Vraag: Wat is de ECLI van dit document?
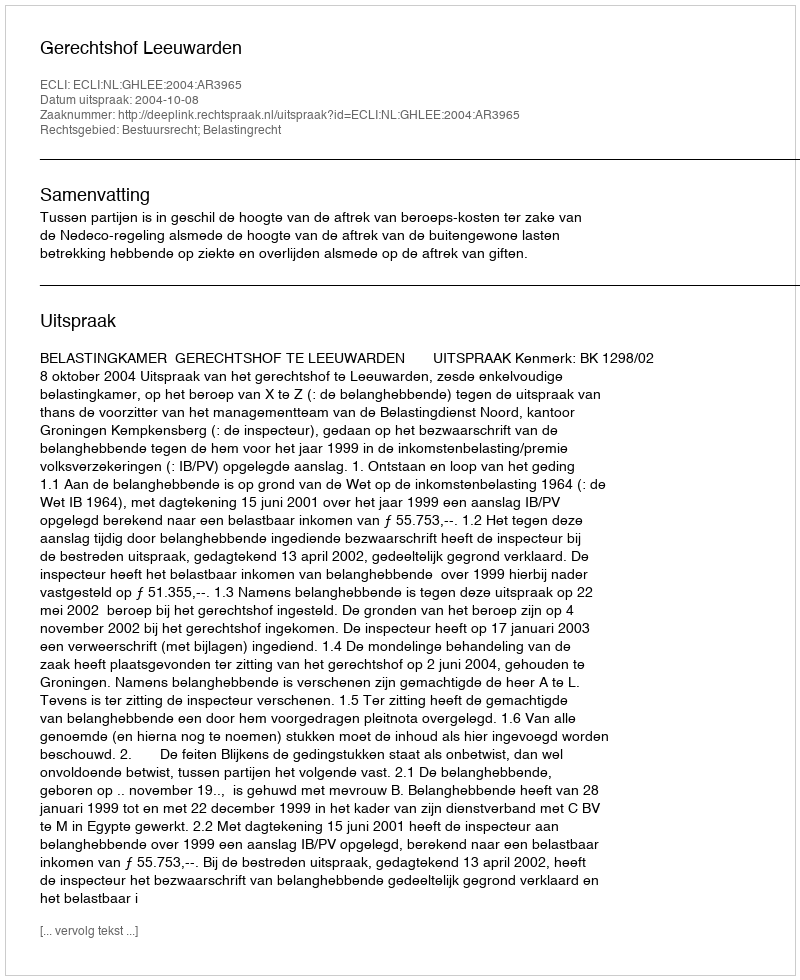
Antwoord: ECLI:NL:GHLEE:2004:AR3965